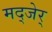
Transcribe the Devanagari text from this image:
मद्जेर्